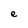
Character: e